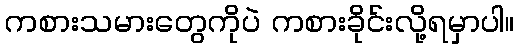
ကစားသမားတွေကိုပဲ ကစားခိုင်းလို့ရမှာပါ။